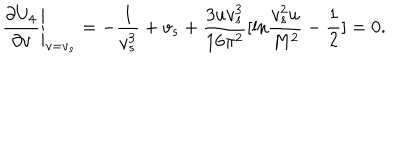
LaTeX: \left. \frac { \partial U _ { 4 } } { \partial v } \right| _ { v = v _ { s } } = - \frac { 1 } { v _ { s } ^ { 3 } } + v _ { s } + \frac { 3 u v _ { s } ^ { 3 } } { 1 6 \pi ^ { 2 } } [ \mathrm { l n } \frac { v _ { s } ^ { 2 } u } { M ^ { 2 } } - \frac { 1 } { 2 } ] = 0 .